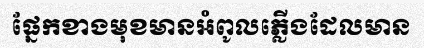
ផ្នែកខាងមុខមានអំពូលភ្លើងដែលមាន